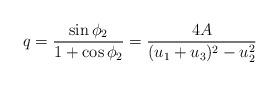
LaTeX: \begin{align*}q = \frac{\sin \phi_2}{1+\cos \phi_2} = \frac{4A}{(u_1+u_3)^2-u_2^2}\end{align*}